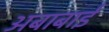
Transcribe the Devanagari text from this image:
अबाबाई